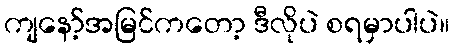
ကျနော့်အမြင်ကတော့ ဒီလိုပဲ စရမှာပါပဲ။